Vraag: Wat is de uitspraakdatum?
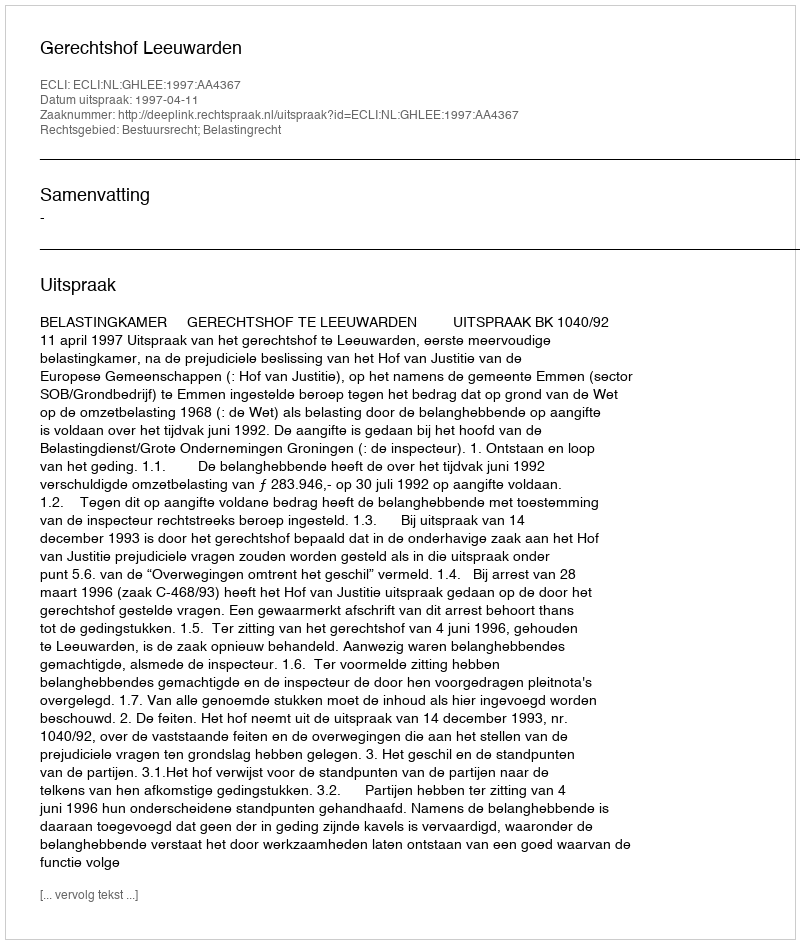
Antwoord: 1997-04-11